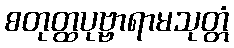
စတုတ္ထပုဗ္ဗာရာမသုတ္တံ